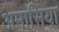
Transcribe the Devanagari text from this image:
अमासिया